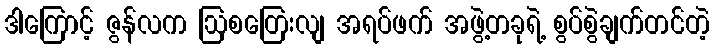
ဒါကြောင့် ဇွန်လက ဩစတြေးလျ အရပ်ဖက် အဖွဲ့တခုရဲ့ စွပ်စွဲချက်တင်တဲ့